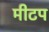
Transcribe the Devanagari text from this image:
मीटप